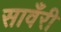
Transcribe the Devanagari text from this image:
सावँरी